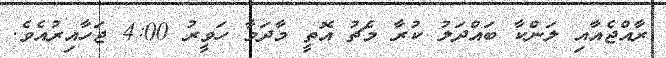
ރާއްޖެއާއި ލަންކާ ބައްދަލު ކުރާ މެޗު އޮތީ މާދަމާ ހަވީރު 4:00 ޖަހާއިރުއެވެ.